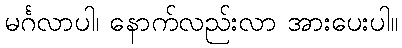
မင်္ဂလာပါ၊ နောက်လည်းလာ အားပေးပါ။